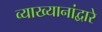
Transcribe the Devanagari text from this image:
व्याख्यानांद्वारे